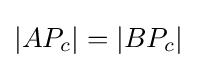
|AP_{c}|=|BP_{c}|